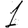
Digit: 1